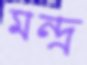
মন্দ্র